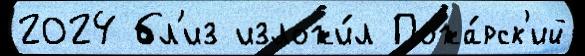
2024 бл'из изложи́л Пожа́рск'ий